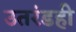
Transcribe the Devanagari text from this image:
उतरंडही